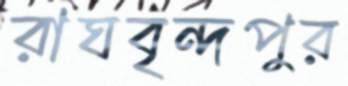
রাঘবৃন্দপুর